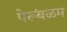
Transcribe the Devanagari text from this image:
पेरूंबळम